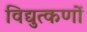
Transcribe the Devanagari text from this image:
विद्युत्कणों